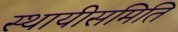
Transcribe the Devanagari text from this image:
स्थायीसमिति